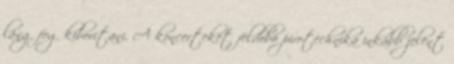
láng fog kiborítani. A koncerteket feldobó pirotechnika inkább jelent